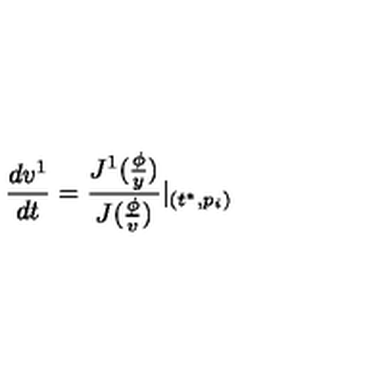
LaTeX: \frac { d v ^ { 1 } } { d t } = \frac { J ^ { 1 } ( \frac \phi y ) } { J ( \frac \phi v ) } | _ { ( t ^ { * } , p _ { i } ) }